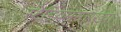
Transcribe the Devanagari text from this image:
स्टेडियमसारख्या